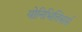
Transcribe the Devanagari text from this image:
योनिभित्तिसर्स